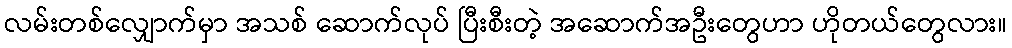
လမ်းတစ်လျှောက်မှာ အသစ် ဆောက်လုပ် ပြီးစီးတဲ့ အဆောက်အဦးတွေဟာ ဟိုတယ်တွေလား။